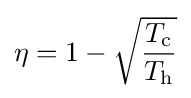
\eta =1-{\sqrt {\frac {T_{\text{c}}}{T_{\text{h}}}}}